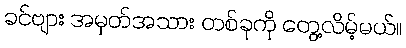
ခင်ဗျား အမှတ်အသား တစ်ခုကို တွေ့လိမ့်မယ်။